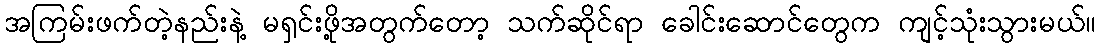
အကြမ်းဖက်တဲ့နည်းနဲ့ မရှင်းဖို့အတွက်တော့ သက်ဆိုင်ရာ ခေါင်းဆောင်တွေက ကျင့်သုံးသွားမယ်။